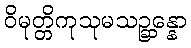
ဝိမုတ္တိကုသုမသဉ္ဆန္နော